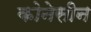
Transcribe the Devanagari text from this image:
कोनेसीन